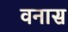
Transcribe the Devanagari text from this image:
वनास